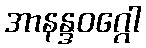
အာနန္ဒဝဂ္ဂေါ